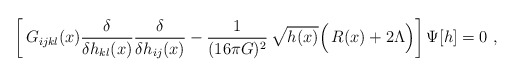
\begin{align*}\biggl[\, G_{ijkl}(x) \frac{\delta}{\delta h_{kl}(x)} \frac{\delta}{\delta h_{ij}(x)}- \frac{1}{(16 \pi G)^2}\,\sqrt{h(x)} \Bigl(\!~ R(x) + 2 \Lambda \Bigr) \biggr]\, \Psi[h] = 0\ ,\end{align*}